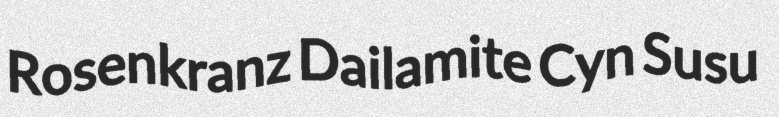
Rosenkranz Dailamite Cyn Susu